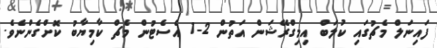
ފައިނަލް މެޗުގައި ކުލަބް އިމިގްރޭޝަން އަތުން 2-1 އެސެޓުން މެޗް ކާމިޔާބު ކޮށްގެންނެވެ.